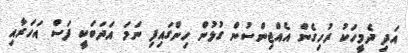
އަދި ދެމީހަކު ރުހިގެން އެއްޖިންސުން ގުޅުން ހިންގައިފި ނަމަ އަދަބަކީ ފަސް އަހަރާއި